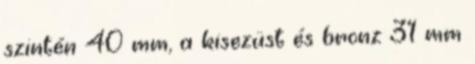
szintén 40 mm, a kisezüst és bronz 31 mm